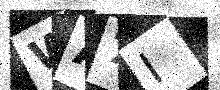
Text: WA7I